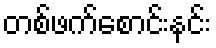
တစ်ဖက်စောင်းနင်း